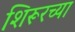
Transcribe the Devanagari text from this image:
शिरूरच्या